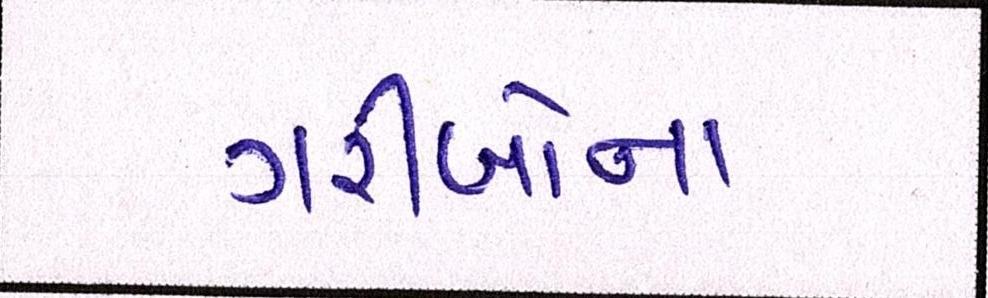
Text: ગરીબોના